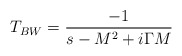
\begin{align*}T_{BW}={{-1} \over {s-M^2+i\Gamma M}}\end{align*}